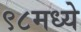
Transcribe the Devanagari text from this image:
९८मध्ये